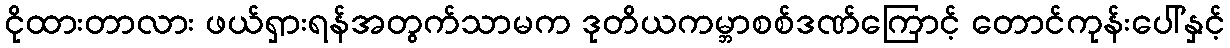
ငိုထားတာလား ဖယ်ရှားရန်အတွက်သာမက ဒုတိယကမ္ဘာစစ်ဒဏ်ကြောင့် တောင်ကုန်းပေါ်နှင့်